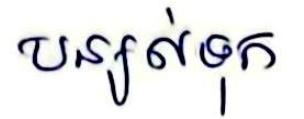
បន្សល់ទុក